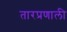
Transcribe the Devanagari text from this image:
तारप्रणाली